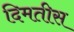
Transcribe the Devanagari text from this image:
दिमतीस